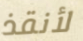
لأنقذ